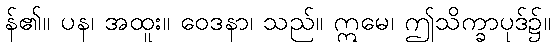
န်၏။ ပန၊ အထူး။ ဝေဒနာ၊ သည်။ ဣမေ၊ ဤသိက္ခာပုဒ်၌။